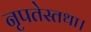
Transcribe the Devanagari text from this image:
नृपतेस्तथा।